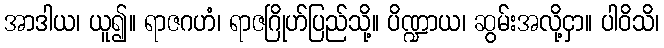
အာဒါယ၊ ယူ၍။ ရာဇဂဟံ၊ ရာဇဂြိုဟ်ပြည်သို့။ ပိဏ္ဍာယ၊ ဆွမ်းအလို့ငှာ။ ပါဝိသိ၊